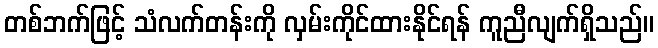
တစ်ဘက်ဖြင့် သံလက်တန်းကို လှမ်းကိုင်ထားနိုင်ရန် ကူညီလျက်ရှိသည်။